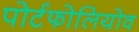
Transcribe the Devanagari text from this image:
पोर्टफोलियोव